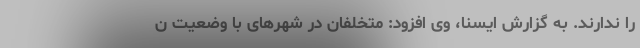
را ندارند. به گزارش ایسنا، وی افزود: متخلفان در شهرهای با وضعیت ن